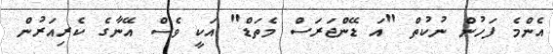
އެންމެ ފަހުން ނުކުތް "އަ ޑޭންޖަރަސް މެތަޑް" އަކީ ވެސް އޭނާގެ ކެރިއަރުން